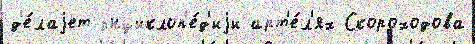
д'е́лаjет энциклоп'е́д'иjи арт'е́л'ях Скороходова